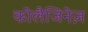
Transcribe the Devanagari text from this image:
कोलैजिनेज़